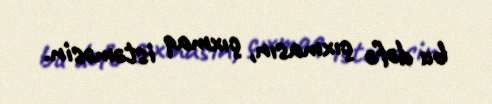
bu dəfə çıxmasın, çıxmaq istəməsin.